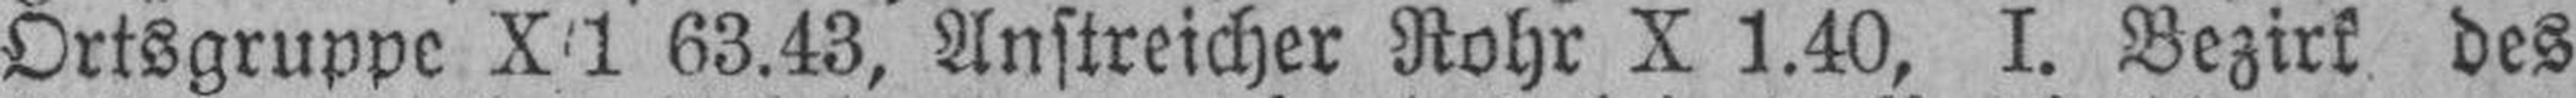
Ortsgruppe X/1 63.43, Anstreicher Rohr X 1.40, I. Bezirk des